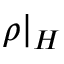
\rho | _ { H }